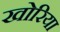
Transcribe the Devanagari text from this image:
खोरिया